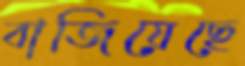
বাজিয়েছে